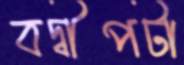
বদ্বীপটা